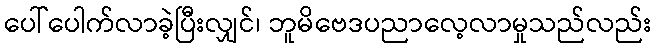
ပေါ်ပေါက်လာခဲ့ပြီးလျှင်၊ ဘူမိဗေဒပညာလေ့လာမှုသည်လည်း